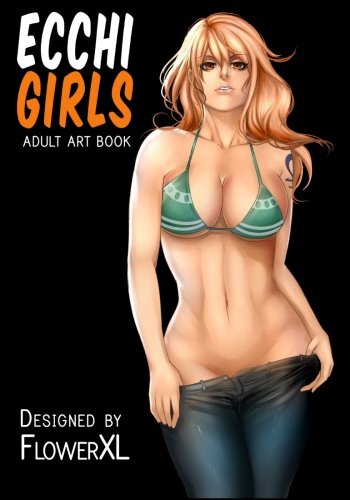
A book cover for Ecchi Girls: Adult Art Book; Ecchi Press; Comics & Graphic Novels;